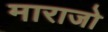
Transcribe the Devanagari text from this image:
माराजो